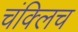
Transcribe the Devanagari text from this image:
चंक्लिच